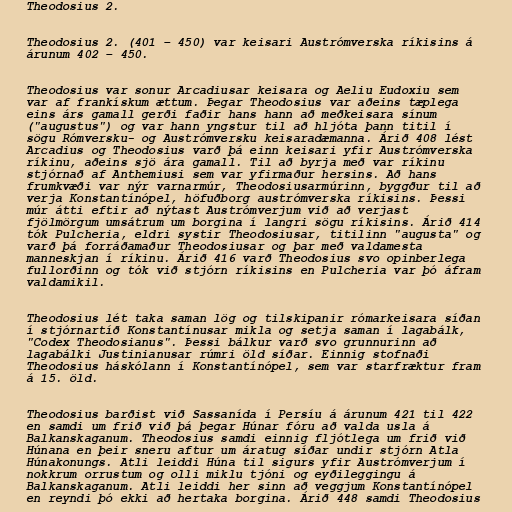
Theodosius 2.

Theodosius 2. (401 – 450) var keisari Austrómverska ríkisins á
árunum 402 – 450.

Theodosius var sonur Arcadiusar keisara og Aeliu Eudoxiu sem
var af frankískum ættum. Þegar Theodosius var aðeins tæplega
eins árs gamall gerði faðir hans hann að meðkeisara sínum
("augustus") og var hann yngstur til að hljóta þann titil í
sögu Rómversku- og Austrómversku keisaradæmanna. Árið 408 lést
Arcadius og Theodosius varð þá einn keisari yfir Austrómverska
ríkinu, aðeins sjö ára gamall. Til að byrja með var ríkinu
stjórnað af Anthemiusi sem var yfirmaður hersins. Að hans
frumkvæði var nýr varnarmúr, Theodosiusarmúrinn, byggður til að
verja Konstantínópel, höfuðborg austrómverska ríkisins. Þessi
múr átti eftir að nýtast Austrómverjum við að verjast
fjölmörgum umsátrum um borgina í langri sögu ríkisins. Árið 414
tók Pulcheria, eldri systir Theodosiusar, titilinn "augusta" og
varð þá forráðamaður Theodosiusar og þar með valdamesta
manneskjan í ríkinu. Árið 416 varð Theodosius svo opinberlega
fullorðinn og tók við stjórn ríkisins en Pulcheria var þó áfram
valdamikil.

Theodosius lét taka saman lög og tilskipanir rómarkeisara síðan
í stjórnartíð Konstantínusar mikla og setja saman í lagabálk,
"Codex Theodosianus". Þessi bálkur varð svo grunnurinn að
lagabálki Justinianusar rúmri öld síðar. Einnig stofnaði
Theodosius háskólann í Konstantínópel, sem var starfræktur fram
á 15. öld.

Theodosius barðist við Sassanída í Persíu á árunum 421 til 422
en samdi um frið við þá þegar Húnar fóru að valda usla á
Balkanskaganum. Theodosius samdi einnig fljótlega um frið við
Húnana en þeir sneru aftur um áratug síðar undir stjórn Atla
Húnakonungs. Atli leiddi Húna til sigurs yfir Austrómverjum í
nokkrum orrustum og olli miklu tjóni og eyðileggingu á
Balkanskaganum. Atli leiddi her sinn að veggjum Konstantínópel
en reyndi þó ekki að hertaka borgina. Árið 448 samdi Theodosius